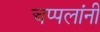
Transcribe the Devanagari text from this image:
चप्पलांनी